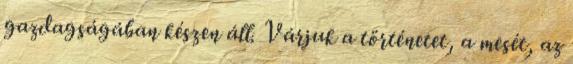
gazdagságában készen áll. Várjuk a történetet, a mesét, az